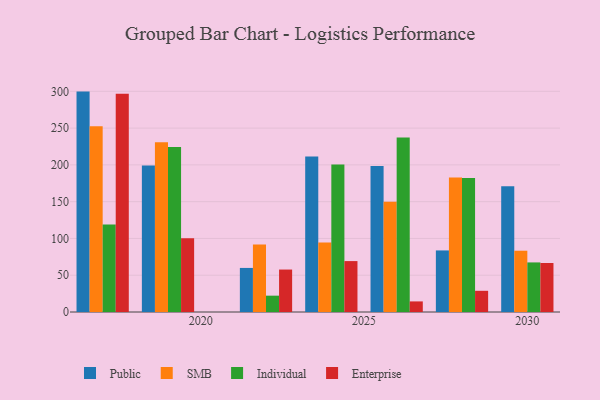
{"axis": {"x": "Year", "y": "Market Share (%)"}, "legend": ["Enterprise", "Individual", "Public", "SMB"], "data": [{"x": "2028", "y": 83.7, "type": "Public"}, {"x": "2028", "y": 182.8, "type": "SMB"}, {"x": "2028", "y": 182.2, "type": "Individual"}, {"x": "2028", "y": 28.8, "type": "Enterprise"}, {"x": "2024", "y": 211.3, "type": "Public"}, {"x": "2024", "y": 94.4, "type": "SMB"}, {"x": "2024", "y": 200.5, "type": "Individual"}, {"x": "2024", "y": 69.2, "type": "Enterprise"}, {"x": "2019", "y": 199.0, "type": "Public"}, {"x": "2019", "y": 230.9, "type": "SMB"}, {"x": "2019", "y": 224.4, "type": "Individual"}, {"x": "2019", "y": 100.4, "type": "Enterprise"}, {"x": "2022", "y": 59.9, "type": "Public"}, {"x": "2022", "y": 91.6, "type": "SMB"}, {"x": "2022", "y": 22.2, "type": "Individual"}, {"x": "2022", "y": 57.7, "type": "Enterprise"}, {"x": "2026", "y": 198.3, "type": "Public"}, {"x": "2026", "y": 150.0, "type": "SMB"}, {"x": "2026", "y": 237.2, "type": "Individual"}, {"x": "2026", "y": 14.4, "type": "Enterprise"}, {"x": "2030", "y": 171.0, "type": "Public"}, {"x": "2030", "y": 83.3, "type": "SMB"}, {"x": "2030", "y": 67.4, "type": "Individual"}, {"x": "2030", "y": 66.6, "type": "Enterprise"}, {"x": "2017", "y": 299.6, "type": "Public"}, {"x": "2017", "y": 252.5, "type": "SMB"}, {"x": "2017", "y": 118.9, "type": "Individual"}, {"x": "2017", "y": 296.8, "type": "Enterprise"}]}